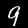
Label: 9